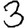
Digit: 3